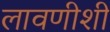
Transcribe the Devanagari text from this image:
लावणीशी